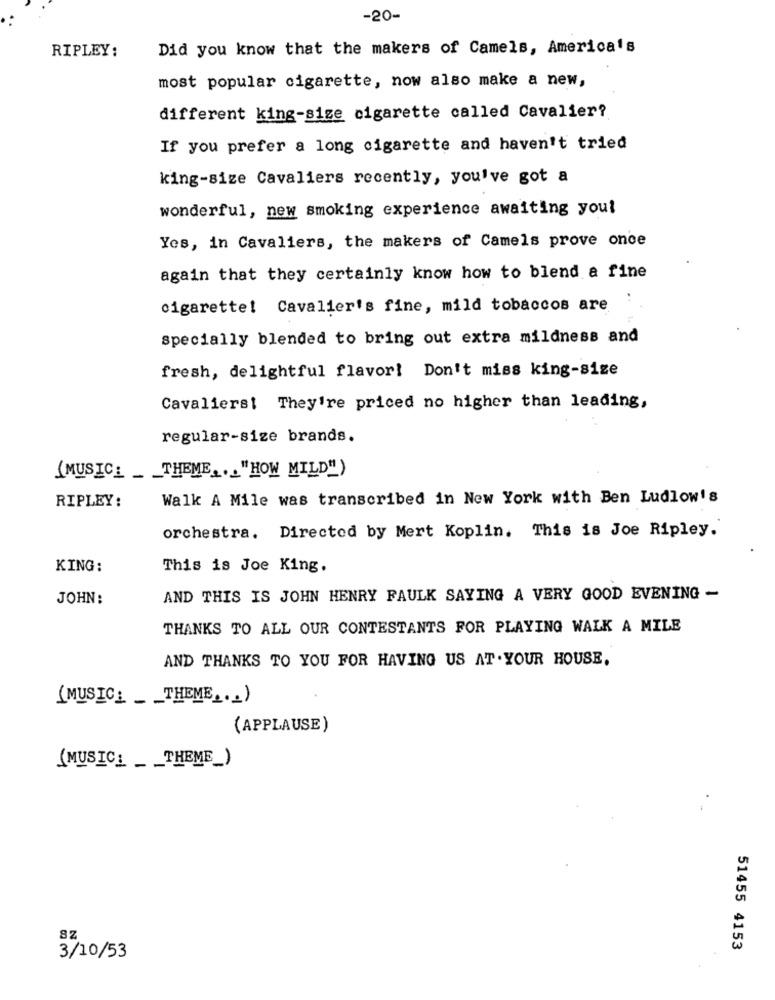
-20-
RIPLEY:
Did you know that the makers of Camels, America's
most popular cigarette, now also make a new,
different king-size cigarette called Cavalier?
If you prefer a long cigarette and haven't tried
king-size Cavaliers recently, you've got a
wonderful, new smoking experience awaiting you!
Yes, in Cavaliers, the makers of Camels prove once
again that they certainly know how to blend a fine
cigarette! Cavalier's fine, mild tobaccos are
specially blended to bring out extra mildness and
fresh, delightful flavor! Don't miss king-size
Cavalierst They're priced no higher than leading,
regular-size brands.
( MUSIC_ _ _ THEME ... "HOW MILD")
Walk A Mile was transcribed in New York with Ben Ludlow's
RIPLEY:
orchestra. Directed by Mert Koplin. This is Joe Ripley.
KING:
This is Joe King.
JOHN:
AND THIS IS JOHN HENRY FAULK SAYING A VERY GOOD EVENING -
THANKS TO ALL OUR CONTESTANTS FOR PLAYING WALK A MILE
AND THANKS TO YOU FOR HAVING US AT . YOUR HOUSE,
(MUSIC: THEME ... )
(APPLAUSE)
(MUSIC: THEME_)
8Z
51455 4153
3/10/53